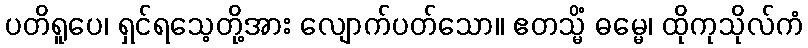
ပတိရူပေ၊ ရှင်ရသေ့တို့အား လျောက်ပတ်သော။ ဧတသ္မိံ ဓမ္မေ၊ ထိုကုသိုလ်ကံ